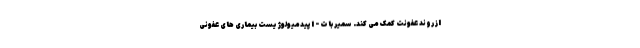
از روند عفونت کمک می کند. سمیر بات - اپیدمیولوژیست بیماری های عفونی